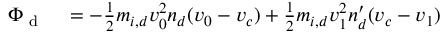
\begin{array} { r l } { \Phi _ { \textrm { d } } } & { { } = - \frac { 1 } { 2 } m _ { i , d } v _ { 0 } ^ { 2 } n _ { d } ( v _ { 0 } - v _ { c } ) + \frac { 1 } { 2 } m _ { i , d } v _ { 1 } ^ { 2 } n _ { d } ^ { \prime } ( v _ { c } - v _ { 1 } ) } \end{array}